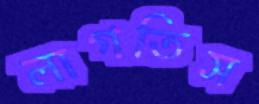
লাগতিস